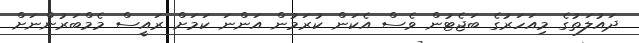
ދައުލަތުގެ މިއަހަރުގެ ބަޖެޓުން ވެސް އެކަން ކުރަމުން އަންނަ ކަމަށް ރައީސް މެމްބަރުންނަށް